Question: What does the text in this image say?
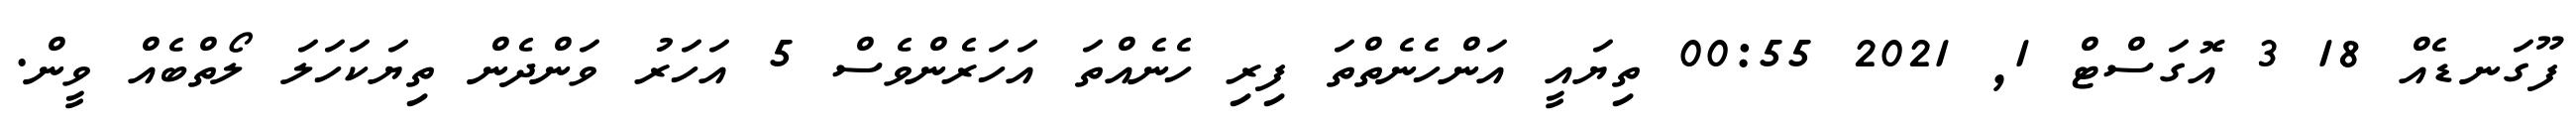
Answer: ފޫގަނޑެއް 18 3 އޮގަސްޓް 1, 2021 00:55 ތިޔައީ އަންހެނެތްތަ ފިރި ހެނެއްތަ އަހަރެންވެސް 5 އަހަރު ވަންދެން ތިޔަކަހަލަ ލޯތްބެއް ވީން.